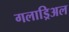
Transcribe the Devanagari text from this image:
गलाड्रिअल